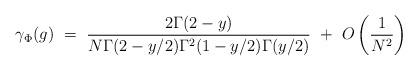
LaTeX: \begin{align*}\gamma_{\Phi}(g) ~=~ \frac{2\Gamma(2-y)}{N\Gamma(2-y/2) \Gamma^2(1-y/2) \Gamma(y/2)} ~+~ O\left(\frac{1}{N^2}\right) \end{align*}